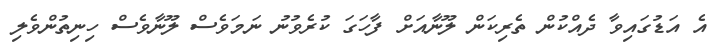
އެ އަޑުގައިވާ ދެއްކުން ތެރިކަން ލޫނާއަށް ފާހަގަ ކުރެވުނު ނަމަވެސް ލޫނާވެސް ހިނިތުންވެލި